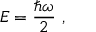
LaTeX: { \cal E } = { \frac { \hbar \omega } { 2 } } \, \, ,